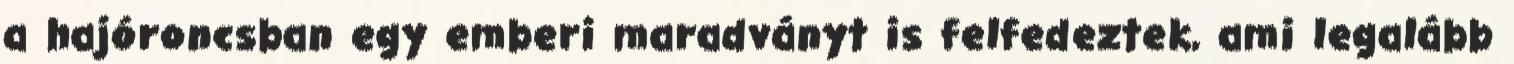
a hajóroncsban egy emberi maradványt is felfedeztek, ami legalább